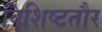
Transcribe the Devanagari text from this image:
विशिष्टतौर